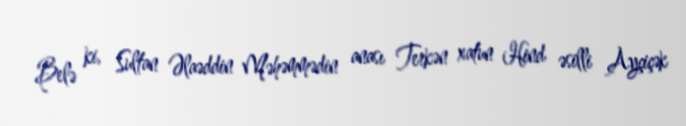
Belə ki, Sultan Əlaəddin Məhəmmədin anası Terkən xatun Hind əsilli Ayçiçək